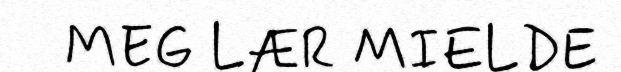
MEG LÆR MIELDE